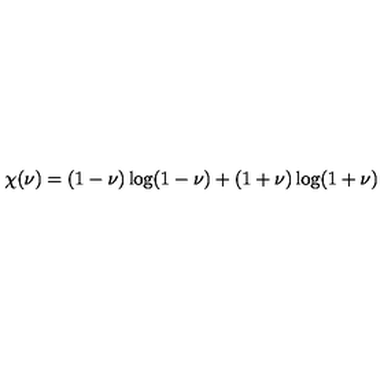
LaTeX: \chi ( \nu ) = ( 1 - \nu ) \log ( { 1 - \nu } ) + ( 1 + \nu ) \log ( { 1 + \nu } )